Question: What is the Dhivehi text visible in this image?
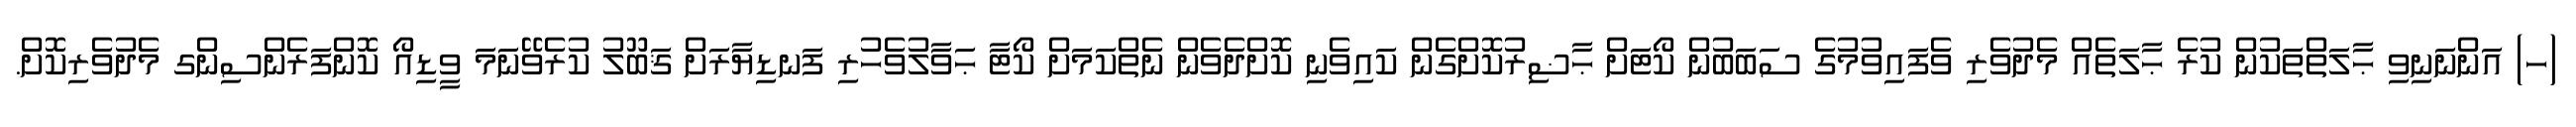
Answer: (ހ) އަންނަނިވި ޙާލަތްތަކުން ކުރެ ޙާލަތެއް މެދުވެރި ވެފައިވުމުގެ ސަބަބުން ކޯޓަށް ޙާޟިރުކޮށްގެން ކައިވެނި ކޮށްދެވެން ނެތްކަމަށް ކޯޓާ ޙަވާލުވެހުރި ފަނޑިޔާރަށް ޤަބޫލު ކުރެވޭނަމަ ވީޑިއޯ ކޮންފަރެންސިންގ މެދުވެރިކޮށް.